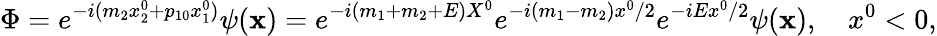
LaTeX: \Phi=e^{-i(m_{2}x_{2}^{0}+p_{10}x_{1}^{0})}\psi(\mathbf{x})=e^{-i(m_{1}+m_{2}+E)X^{0}}e^{-i(m_{1}-m_{2})x^{0}/2}e^{-iEx^{0}/2}\psi(\mathbf{x}),\ \ \ \ x^{0}<0,